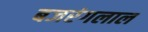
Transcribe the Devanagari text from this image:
बजरंगलाल